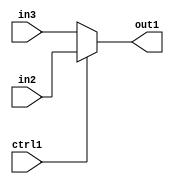
`timescale 1ps / 1ps
/*****************************************************************************
    Verilog RTL Description
    
    
    Created by: Stratus DpOpt 2019.1.01 
*******************************************************************************/

module GaussFilter_N_Mux_24_2_0_4 (
	in3,
	in2,
	ctrl1,
	out1
	); /* architecture "behavioural" */ 
input [23:0] in3,
	in2;
input  ctrl1;
output [23:0] out1;
wire [23:0] asc001;

reg [23:0] asc001_tmp_0;
assign asc001 = asc001_tmp_0;
always @ (ctrl1 or in2 or in3) begin
	case (ctrl1)
		1'B1 : asc001_tmp_0 = in2 ;
		default : asc001_tmp_0 = in3 ;
	endcase
end

assign out1 = asc001;
endmodule

/* CADENCE  uLP0SAw= : u9/ySgnWtBlWxVPRXgAZ4Og= ** DO NOT EDIT THIS LINE ******/